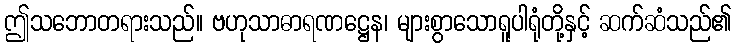
ဤသဘောတရားသည်။ ဗဟုသာဓာရဏဋ္ဌေန၊ များစွာသောရူပါရုံတို့နှင့် ဆက်ဆံသည်၏